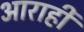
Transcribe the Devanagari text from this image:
आराही